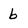
Character: b